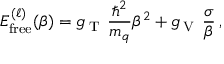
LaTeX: E _ { \mathrm { f r e e } } ^ { ( \ell ) } ( \beta ) = g _ { \mathrm { \tiny ~ T ~ } } \, \frac { \hbar ^ { 2 } } { m _ { q } } \beta ^ { 2 } + g _ { \mathrm { \tiny ~ V ~ } } \, \frac { \sigma } { \beta } \, ,